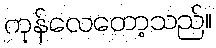
ကုန်လေတော့သည်။